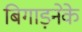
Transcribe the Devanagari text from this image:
बिगाड़नेके